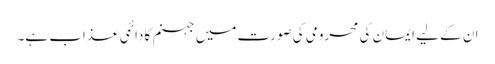
ان کے لیے ایمان کی محرومی کی صورت میں جہنم کا دائمی عذاب ہے۔